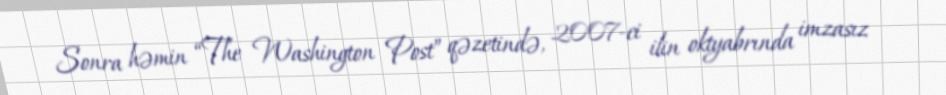
Sonra həmin “The Washington Post” qəzetində, 2007-ci ilin oktyabrında imzasız